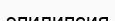
эпилипсия